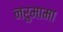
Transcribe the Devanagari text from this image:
नरुमामा